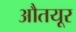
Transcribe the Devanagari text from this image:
औतयूर